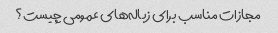
مجازات مناسب برای زباله‌های عمومی چیست؟